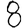
Digit: 8